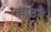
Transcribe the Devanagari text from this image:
चाउने